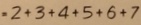
= 2 + 3 + 4 + 5 + 6 + 7